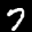
Label: 7